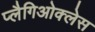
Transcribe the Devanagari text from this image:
प्लैगिओक्लेस